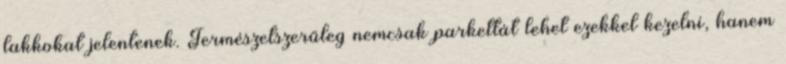
lakkokat jelentenek. Természetszerűleg nemcsak parkettát lehet ezekkel kezelni, hanem